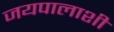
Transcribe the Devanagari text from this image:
जयपालाशी